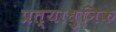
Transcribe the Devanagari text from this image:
प्रत्याधुनिक